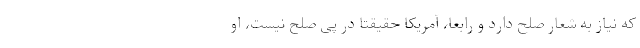
که نیاز به شعار صلح دارد و رابعا، آمریکا حقیقتاً در پی صلح نیست، او